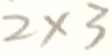
2 \times 3